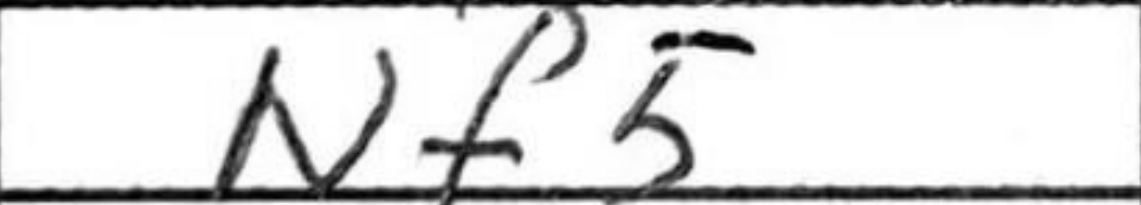
Transcription: Nf5